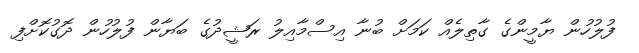
ފުލުހުން ޔާމީންގެ ގާތިލެއް ކަމަށް ބުނާ އިސްމާއިލު ރަޝީދުގެ ބަޔާން ފުލުހުން ދޮގުކޮށްފި